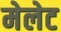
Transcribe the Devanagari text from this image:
मेलेट